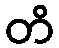
တိ